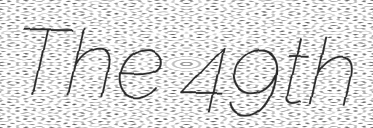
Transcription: The 49th